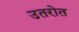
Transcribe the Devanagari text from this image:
उतरोत